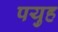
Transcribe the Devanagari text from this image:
पयुह